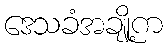
ဒေသခံအချို့က